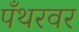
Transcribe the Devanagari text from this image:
पँथरवर